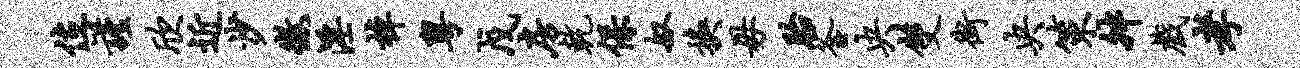
位谨欣近沙征淫棹粤戊房乾保奴换毋胎釜央双街央策舛戏孝